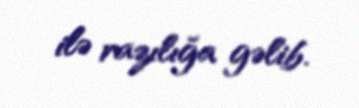
ilə razılığa gəlib.